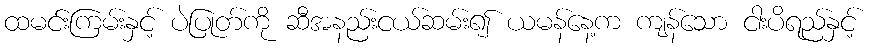
ထမင်းကြမ်းနှင့် ပဲပြုတ်ကို ဆီအနည်းငယ်ဆမ်း၍ ယမန်နေ့က ကျန်သော ငါးပိရည်နှင့်